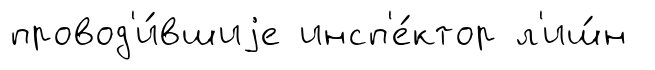
провод'и́вшиjе инсп'е́ктор л'иш́н